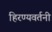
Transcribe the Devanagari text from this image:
हिरण्यवर्तनी